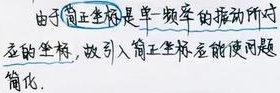
由于简正坐标是单一频率的振动所对应的坐标，故引入简正坐标能使问题简化。